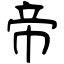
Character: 帝